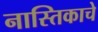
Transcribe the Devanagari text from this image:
नास्तिकाचे